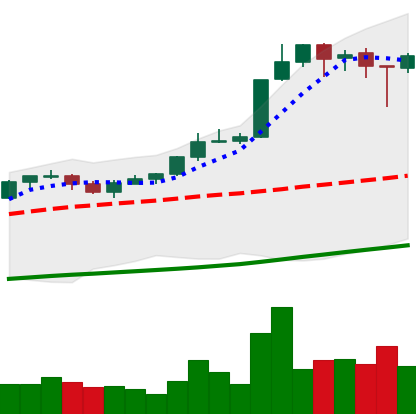
Ticker: BTC-USD
Chart end date: 2017-10-19
Forward return: -3.186%
Label: down_3_5